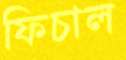
ফিচাল